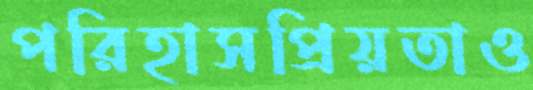
পরিহাসপ্রিয়তাও